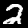
Digit: 2